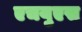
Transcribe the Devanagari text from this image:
एचयुएस